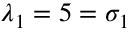
\lambda _ { 1 } = 5 = \sigma _ { 1 }